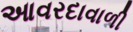
આવરદાવાળી